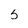
Character: 5